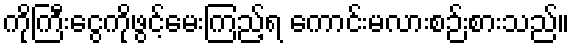
ကိုကြီးငွေကိုဖွင့်မေးကြည့်ရ ကောင်းမလားစဉ်းစားသည်။